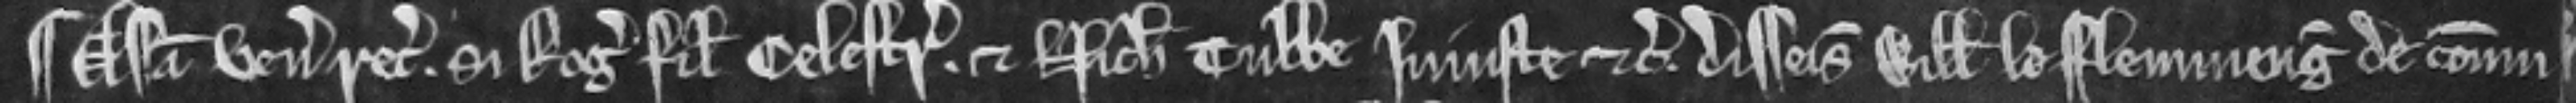
¶ Assisa venit recognitura si Rogerus filius Celestrie et Nicholaus Tubbe injuste etc. disseisiverunt Willemum le Flemmeng de commu